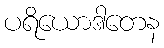
ပရိယောဒါတေန